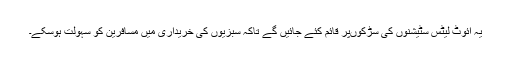
یہ آئٓوٹ لیٹس سٹیشنوں کی سڑکوںپر قائم کئے جائیں گے تاکہ سبزیوں کی خریداری میں مسافرین کو سہولت ہوسکے۔